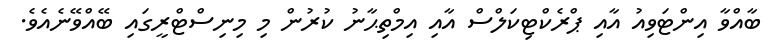
ބާއްވާ އިންޓަވިއު އާއި ޕްރެކްޓިކަލްސް އާއި އިމްތިޙާނު ކުރުން މި މިނިސްޓްރީގައި ބޭއްވޭނެއެވެ.